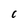
Character: C